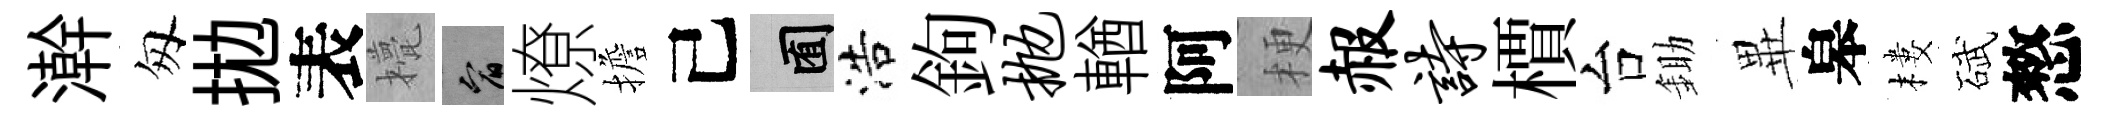
澣匆拋表甍宥燎擔己囿浩鉤抛輶阿梗赧诗檟台鋤𭺾皋樓碔憗